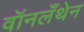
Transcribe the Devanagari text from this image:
वॉनलँथेन